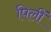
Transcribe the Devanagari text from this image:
पिलीं